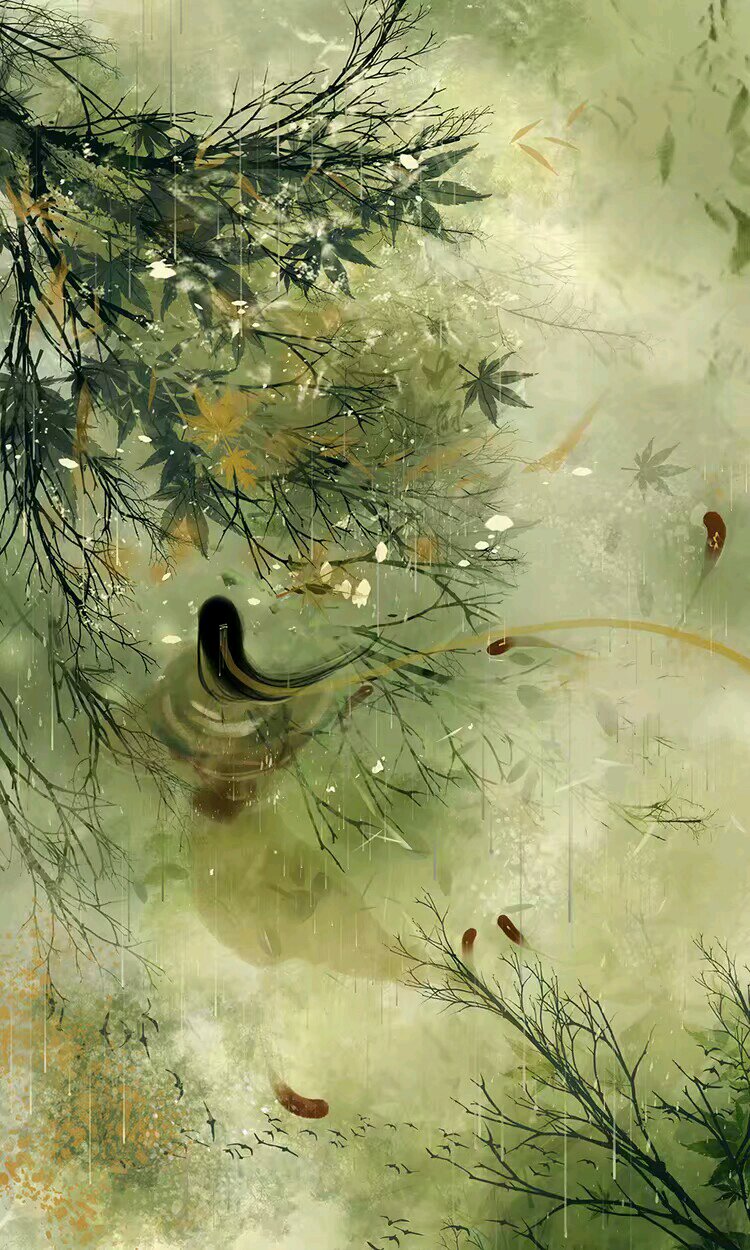
一夜东风，枕边吹散愁多少。